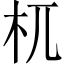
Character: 杌